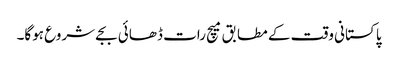
پاکستانی وقت کے مطابق میچ رات ڈھائی بجے شروع ہوگا۔